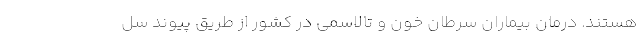
هستند. درمان بیماران سرطان خون و تالاسمی در كشور از طریق پیوند سل